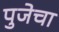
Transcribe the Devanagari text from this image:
पुजेचा